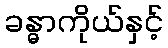
ခန္ဓာကိုယ်နှင့်